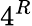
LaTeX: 4^{R}